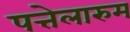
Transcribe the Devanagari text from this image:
पत्तेलारुम